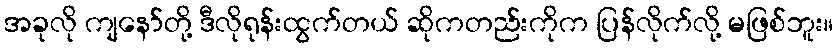
အခုလို ကျနော်တို့ ဒီလိုရုန်းထွက်တယ် ဆိုကတည်းကိုက ပြန်လိုက်လို့ မဖြစ်ဘူး။